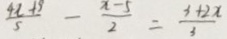
\frac { 4 x + 9 } { 5 } - \frac { x - 5 } { 2 } = \frac { 3 + 2 x } { 3 }